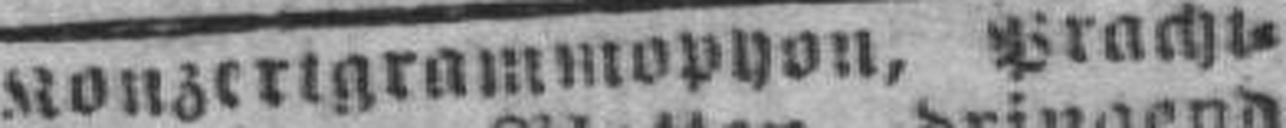
Konzertgrammophon, Pracht¬